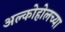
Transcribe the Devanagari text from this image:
अल्कोहोलच्या